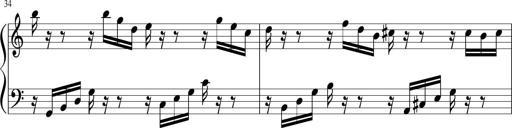
Title: Sonatina di Santa Gemma, JKB 12
Composer: Jason Baruk
Key: F major